Insane asylums in Bengal annual reports 1867-1875 - 1867-1875
Year: 1867
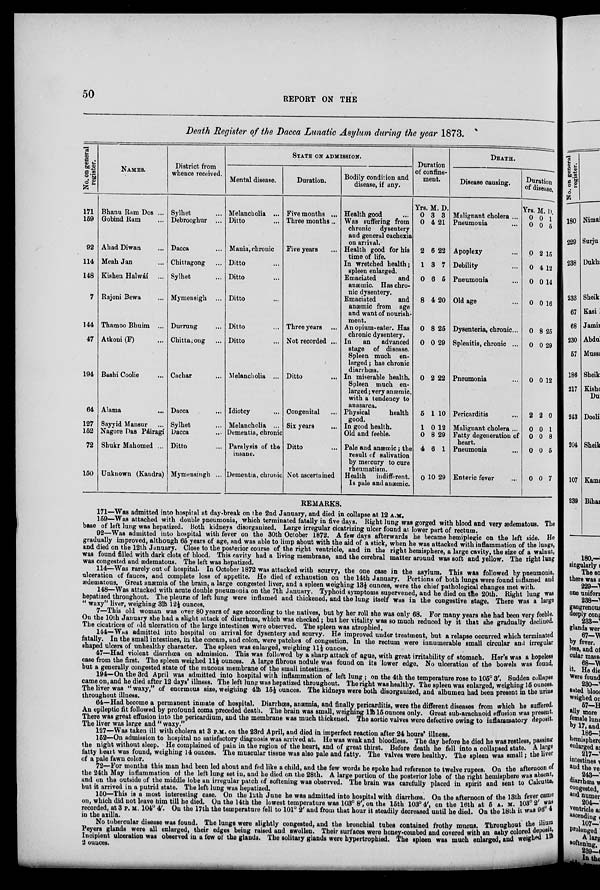
50
REPORT ON THE
Death Register of the Dacca Lunatic Asylum during the year 1873.
No. on general
register.
171
159
92
114
148
7
144
47
194
64
127
152
72
150
NAMES.
Bhanu Ram Dos ...
Gobind Ram ...
Ahad Diwan ...
Meah Jan ...
Kishen Halwáí ...
Rajoni Bewa ...
Thamoo Bhuim ...
Atkoni (F) ...
Bashi Coolie ...
Alama ...
Sayyid Mansur ...
Nagore Das Páiragí
Shukr Mahomed ...
Unknown (Kandra)
District from
whence received.
Sylhet ...
Debrooghur ...
Dacca ...
Chittagong ...
Sylhet ...
Mymensigh
...
Durrung ...
Chittagong ...
Cachar ...
Dacca ...
Sylhet ...
Dacca ...
Ditto ...
Mymensingh ...
STATE ON ADMISSION.
Mental disease.
Melancholia ...
Ditto ...
Mania, chronic ...
Ditto ...
Ditto ...
Ditto ...
Ditto ...
Ditto ...
Melancholia ...
Idiotcy ...
Melancholia ...
Dementia, chronic
Paralysis of the
insane.
Dementia, chronic
Duration.
Five months ...
Three months...
Five years ...
Three years ...
Not recorded ...
Ditto ...
Congenital ...
Six years ...
Ditto ...
Not ascertained
Bodily condition and
disease, if any.
Health good ...
Was suffering from
chronic dysentery
and general cachexia
on arrival.
Health good for his
time of life.
In wretched health;
spleen enlarged.
Emaciated
and
anæmic. Has chro-
nic dysentery.
Emaciated
and
anæmic from age
and want of nourish-
ment.
An opium-eater. Has
chronic dysentery.
In
an advanced
stage of disease.
Spleen much en-
larged ; has chronic
diarrhœa.
In miserable health.
Spleen much en-
larged; very anæmic,
with a tendency to
anasarca.
Physical
health
good.
In good health.
Old and feeble.
Pale and anæmic; the
result of salivation
by mercury to cure
rheumatism.
Health
indifferent.
Is pale and anæmic.
Duration
of confine-
ment.
Yrs.
0
0
2
1
0
8
0
0
0
5
1
0
4
0
M.
3
4
6
3
6
4
8
0
2
1
0
8
6
10
D.
3
21
22
7
6
20
25
29
22
10
12
29
1
29
DEATH.
Disease causing.
Malignant cholera ...
Pneumonia ...
Apoplexy ...
Debility ...
Pneumonia ...
Old age ...
Dysenteria, chronic...
Splenitis, chronic ...
Pneumonia ...
Pericarditis ...
Malignant cholera ...
Fatty degeneration of
heart.
Pneumonia ...
Enteric fever ...
Duration
of disease.
Yrs.
0
0
0
0
0
0
0
0
0
2
0
0
0
0
M.
0
0
2
4
0
0
8
0
0
2
0
0
0
0
D.
1
5
15
12
14
16
25
29
12
0
1
8
5
7
REMARKS.
171—Was admitted into hospital at day-break on the 2nd January, and died in collapse at 12 A.M.
159—Was attached with double pneumonia, which terminated fatally in five days. Right lung was gorged with blood and very ædematous. The
base of left lung was hepatized. Both kidneys disorganized. Large irregular cicatrizing ulcer found at lower part of rectum.
92—Was admitted into hospital with fever on the 30th October 1872. A few days afterwards he became hemiplegic on the left side. He
gradually improved, although 65 years of age, and was able to limp about with the aid of a stick, when he was attacked with inflammation of the lungs,
and died on the 12th January. Close to the posterior course of the right ventricle, and in the right hemisphere, a large cavity, the size of a walnut,
was found filled with dark clots of blood. This cavity had a living membrane, and the cerebral matter around was soft and yellow. The right lung
was congested and ædematous. The left was hepatized.
114—Was rarely out of hospital. In October 1872 was attacked with scurvy, the one case in the asylum. This was followed by pneumonia,
ulceration of fauces, and complete loss of appetite. He died of exhaustion on the 14th January. Portions of both lungs were found inflamed and
ædematous. Great anæmia of the brain, a large congested liver, and a spleen weighing 13½ ounces, were the chief pathological changes met with.
148—Was attacked with acute double pneumonia on the 7th January. Typhoid symptoms supervened, and he died on the 20th. Right lung was
hepatized throughout. The pleuræ of left lung were inflamed and thickened, and the lung itself was in the congestive stage. There was a large
" waxy" liver, weighing 3lb 12½ ounces.
7—This old woman was over 80 years of age according to the natives, but by her roll she was only 68. For many years she had been very feeble.
On the 10th January she had a slight attack of diarrhœa, which was checked; but her vitality was so much reduced by it that she gradually declined.
The cicatrices of old ulceration of the large intestines were observed. The spleen was atrophied.
144—Was admitted into hospital on arrival for dysentery and scurvy. He improved under treatment, but a relapse occurred which terminated
fatally. In the small intestines, in the cœcum, and colon, were patches of congestion. In the rectum were innumerable small circular and irregular
shaped ulcers of unhealthy character. The spleen was enlarged, weighing 11½ ounces.
47—Had violent diarrhœa on admission. This was followed by a sharp attack of ague, with great irritability of stomach. Her's was a hopeless
case from the first. The spleen weighed 11½ ounces. A large fibrous nodule was found on its lower edge. No ulceration of the bowels was found,
but a generally congested state of the mucous membrane of the small intestines.
194—On the 3rd April was admitted into hospital with inflammation of left lung; on the 4th the temperature rose to 105° 3'. Sudden collapse
came on, and he died after 12 days' illness. The left lung was hepatized throughout. The right was healthy. The spleen was enlarged, weighing 15 ounces.
The liver was "waxy," of enormous size, weighing 4lb 15½ ounces. The kidneys were both disorganized, and albumen had been present in the urine
throughout illness.
64—Had become a permanent inmate of hospital. Diarrhœa, anæmia, and finally pericarditis, were the different diseases from which he suffered.
An epileptic fit followed by profound coma preceded death. The brain was small, weighing 1lb 15 ounces only. Great sub-arachnoid effusion was present.
There was great effusion into the pericardium, and the membrane was much thickened. The aortic valves were defective owing to inflammatory deposit.
The liver was large and " waxy."
127—Was taken ill with cholera at 3 P.M. on the 23rd April, and died in imperfect reaction after 24 hours' illness.
152—On admission to hospital no satisfactory diagnosis was arrived at. He was weak and bloodless. The day before he died he was restless, passing
the night without sleep. He complained of pain in the region of the heart, and of great thirst. Before death he fell into a collapsed state. A large
fatty heart was found, weighing 14 ounces. The muscular tissue was also pale and fatty. The valves were healthy. The spleen was small; the liver
of a pale fawn color.
72—For months this man had been led about and fed like a child, and the few words he spoke had reference to twelve rupees. On the afternoon of
the 24th May inflammation of the left lung set in, and he died on the 28th. A large portion of the posterior lobe of the right hemisphere was absent,
and on the outside of the middle lobe an irregular patch of softening was observed. The brain was carefully placed in spirit and sent to Calcutta,
but it arrived in a putrid state. The left lung was hepatized,
160—This is a most interesting case. On the 12th June he was admitted into hospital with diarrhœa. On the afternoon of the 13th fever came
on, which did not leave him till he died. On the 14th the lowest temperature was 103° 8', on the 15th 103° 4', on the 16th at 5 A. M. 103 o 2' was
recorded, at 3 P. M. 104° 4'. On the 17th the temperature fell to 101° 2' and from that hour it steadily decreased until he died. On the 18th it was 96°4
in the axilla.
No tubercular disease was found. The lungs were slightly congested, and the bronchial tubes contained frothy mucus. Throughout the ilium
Peyers glands were all enlarged, their edges being raised and swollen. Their surfaces were honey-combed and covered with an ashy colored deposit,
Incipient ulceration was observed in a few of the glands. The solitary glands were hypertrophied. The spleen was much enlarged, and weighed 1lb
2 ounces.